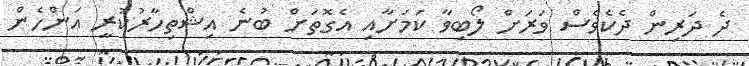
ދެ ދަރިން ދެކެވެސް ވަރަށް ލޯބިވާ ކަމަށާއި އެގޮތަށް ބުނެ އިޝްތިހާރުކުރީ އަންހެން